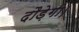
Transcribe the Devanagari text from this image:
दौड़ेगी।